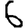
Digit: 6